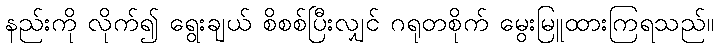
နည်းကို လိုက်၍ ရွေးချယ် စိစစ်ပြီးလျှင် ဂရုတစိုက် မွေးမြူထားကြရသည်။